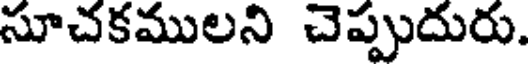
సూచకములని చెప్పుదురు.